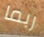
ربما